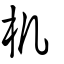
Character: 机